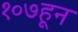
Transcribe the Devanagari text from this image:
१०७हून